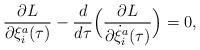
LaTeX: \begin{align*}\frac{\partial L}{\partial \xi^{a}_{i}(\tau)} -\frac{d}{d\tau}\Big(\frac{\partial L}{\partial\dot\xi^{a}_{i}(\tau)}\Big) =0 , \end{align*}